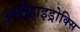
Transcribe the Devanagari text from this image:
अर्थोहाइड्रोक्सि